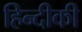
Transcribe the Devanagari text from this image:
हिन्दीकी